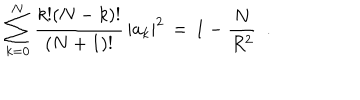
\sum _ { k = 0 } ^ { N } \frac { k ! ( N - k ) ! } { ( N + 1 ) ! } \, | a _ { k } | ^ { 2 } \, = \, 1 - \frac { N } { R ^ { 2 } } \ \ .